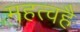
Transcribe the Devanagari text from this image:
महत्वहै